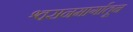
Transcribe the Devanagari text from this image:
श्वसनमार्गातून